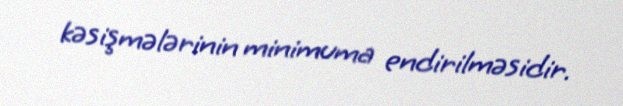
kəsişmələrinin minimuma endirilməsidir.